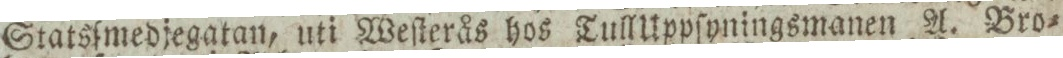
Statsſmedjegatan, uti Weſterås hos Tull Uppſyningsmanen A. Bro=